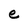
Character: e